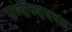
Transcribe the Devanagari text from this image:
पाण्याच्याजवळ